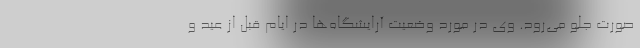
صورت جلو می‌رود. وی در مورد وضعیت آرایشگاه‌ها در ایام قبل از عید و